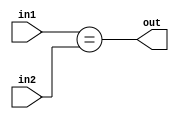
module comparator(
    input [31:0] in1,
    input [31:0] in2,
    output out
    );

    wire [31:0] eq;
    wire [31:0] gt;

    assign eq = (in1 == in2);
    assign gt = (in1 > in2);

    assign out = (eq == 1) | ((eq == 0) & (gt[31]));

endmodule